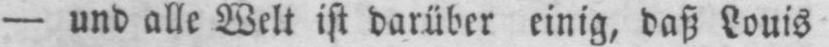
- und alle Welt ist darüber einig, daß Louis